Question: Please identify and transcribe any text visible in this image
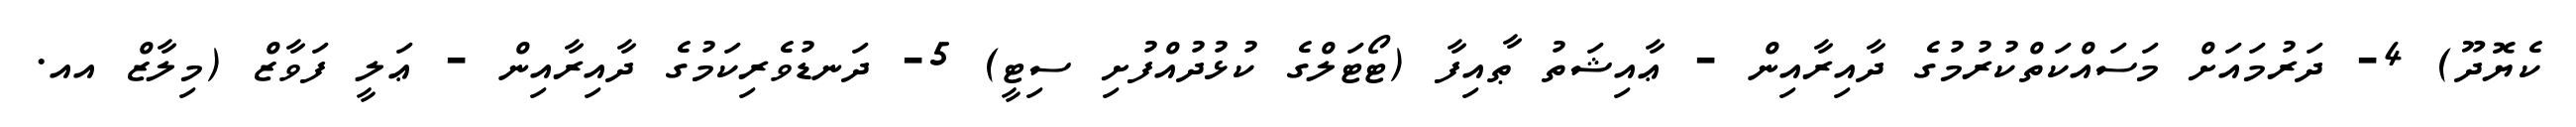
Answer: ކެޔޮދޫ) 4- ދަރުމައަށް މަސައްކަތްކުރުމުގެ ދާއިރާއިން - ޢާއިޝަތު ޠާއިފާ (ޓޯޓަލްގެ ކުޅުދުއްފުށި ސިޓީ) 5- ދަނޑުވެރިކަމުގެ ދާއިރާއިން - ޢަލީ ފަވާޒް (މިލާޒް އއ.